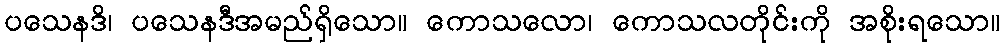
ပသေနဒိ၊ ပသေနဒီအမည်ရှိသော။ ကောသလော၊ ကောသလတိုင်းကို အစိုးရသော။